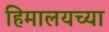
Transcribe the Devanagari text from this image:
हिमालयच्या